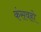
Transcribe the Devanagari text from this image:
कंसवहो